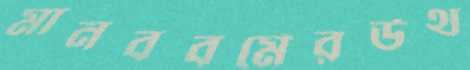
মানববর্মেরউথ